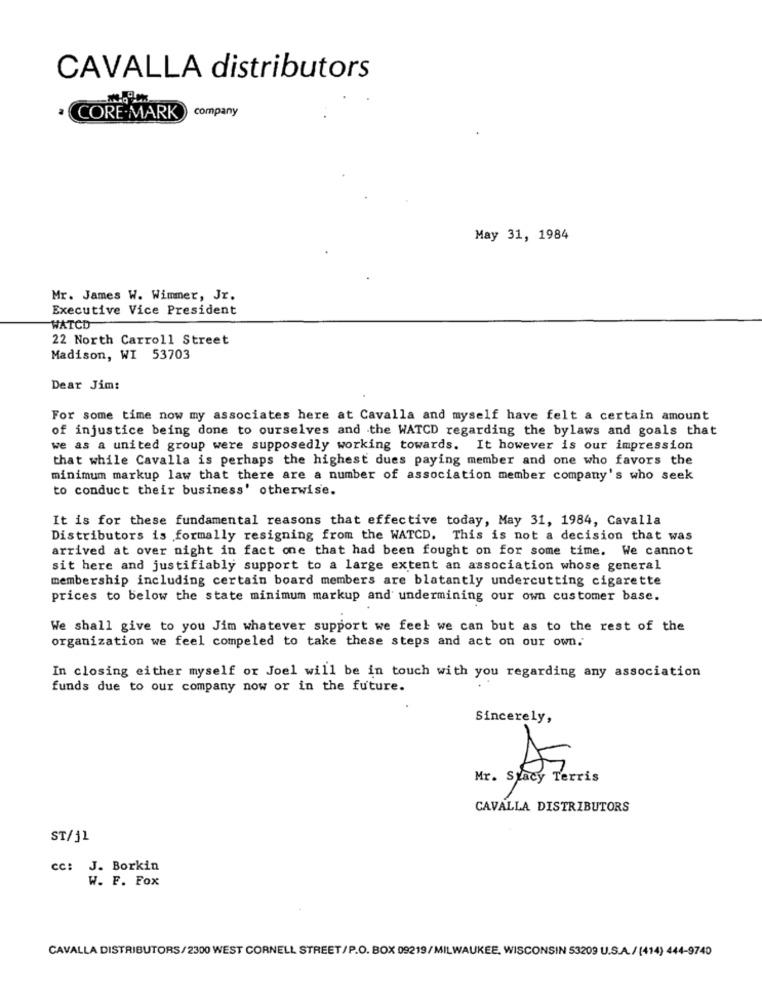
CAVALLA distributors
company
CORE-MARK
May 31, 1984
Mr. James W. Wimmer, Jr.
Executive Vice President
WATCD
22 North Carroll Street
Madison, WI 53703
Dear Jim:
For some time now my associates here at Cavalla and myself have felt a certain amount
of injustice being done to ourselves and the WATCD regarding the bylaws and goals that
we as a united group were supposedly working towards. It however is our impression
that while Cavalla is perhaps the highest dues paying member and one who favors the
minimum markup law that there are a number of association member company's who seek
to conduct their business' otherwise.
It is for these fundamental reasons that effective today, May 31, 1984, Cavalla
Distributors is formally resigning from the WATCD. This is not a decision that was
arrived at over night in fact one that had been fought on for some time. We cannot
sit here and justifiably support to a large extent an association whose general
membership including certain board members are blatantly undercutting cigarette
prices to below the state minimum markup and undermining our own customer base.
We shall give to you Jim whatever support we feel we can but as to the rest of the
organization we feel compeled to take these steps and act on our own.
In closing either myself or Joel will be in touch with you regarding any association
funds due to our company now or in the future.
Sincerely,
Mr. Stacy Terris
CAVALLA DISTRIBUTORS
ST/j1
cc: J. Borkin
W. F. Fox
CAVALLA DISTRIBUTORS/2300 WEST CORNELL STREET/P.O. BOX 09219/MILWAUKEE, WISCONSIN 53209 U.S.A./ (414) 444-9740